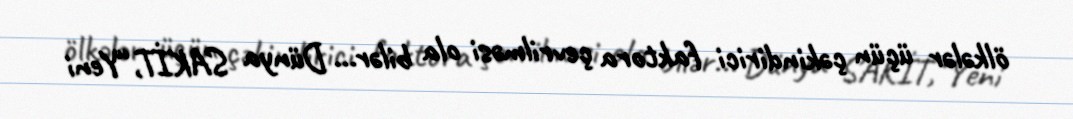
ölkələr üçün çəkindirici faktora çevrilməsi ola bilər... Dünya SAKİT,“Yeni